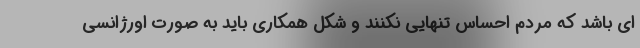
ای باشد که مردم احساس تنهایی نکنند و شکل همکاری باید به صورت اورژانسی